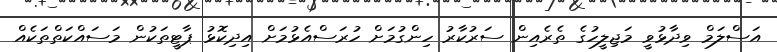
އަސްލަމް ވިދާޅުވީ މަޖިލީހުގެ ތެރެއިން ސަރުކާރު ހިންގުމަށް ހުރަސްއެޅުމަށް އިދިކޮޅު ޕާޓީތަކުން މަސައްކަތްތަކެއް